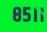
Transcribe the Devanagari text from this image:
८५।।